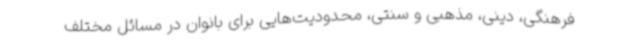
فرهنگی، دینی، مذهبی و سنتی، محدودیت‌هایی برای بانوان در مسائل مختلف